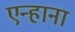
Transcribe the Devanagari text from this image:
एन्हाना